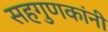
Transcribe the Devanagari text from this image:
सहगुणकांनी